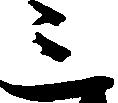
三